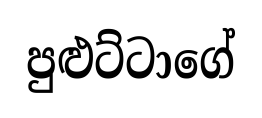
පුළුට්ටාගේ